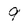
Character: 9